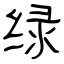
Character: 绿